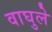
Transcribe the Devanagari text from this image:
वाघुले